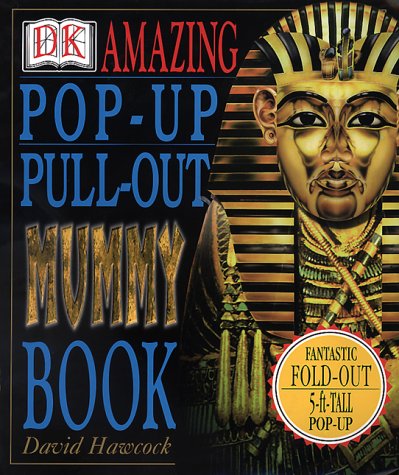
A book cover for Amazing Pop-Up, Pull-Out Mummy Book; David Hawcock; Children's Books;